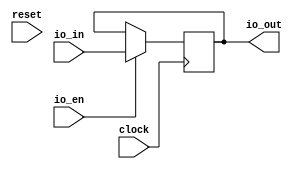
module Register( // @[:@3.2]
  input        clock, // @[:@4.4]
  input        reset, // @[:@5.4]
  input  [1:0] io_in, // @[:@6.4]
  input        io_en, // @[:@6.4]
  output [1:0] io_out // @[:@6.4]
);
  reg [1:0] reg$; // @[Reg.scala 11:16:@8.4]
  reg [31:0] _RAND_0;
  assign io_out = reg$; // @[Register.scala 15:10:@12.4]
`ifdef RANDOMIZE_GARBAGE_ASSIGN
`define RANDOMIZE
`endif
`ifdef RANDOMIZE_INVALID_ASSIGN
`define RANDOMIZE
`endif
`ifdef RANDOMIZE_REG_INIT
`define RANDOMIZE
`endif
`ifdef RANDOMIZE_MEM_INIT
`define RANDOMIZE
`endif
`ifndef RANDOM
`define RANDOM $random
`endif
`ifdef RANDOMIZE
  integer initvar;
  initial begin
    `ifdef INIT_RANDOM
      `INIT_RANDOM
    `endif
    `ifndef VERILATOR
      #0.002 begin end
    `endif
  `ifdef RANDOMIZE_REG_INIT
  _RAND_0 = {1{`RANDOM}};
  reg$ = _RAND_0[1:0];
  `endif // RANDOMIZE_REG_INIT
  end
`endif // RANDOMIZE
  always @(posedge clock) begin
    if (io_en) begin
      reg$ <= io_in;
    end
  end
endmodule